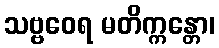
သဗ္ဗဝေရ မတိက္ကန္တော၊